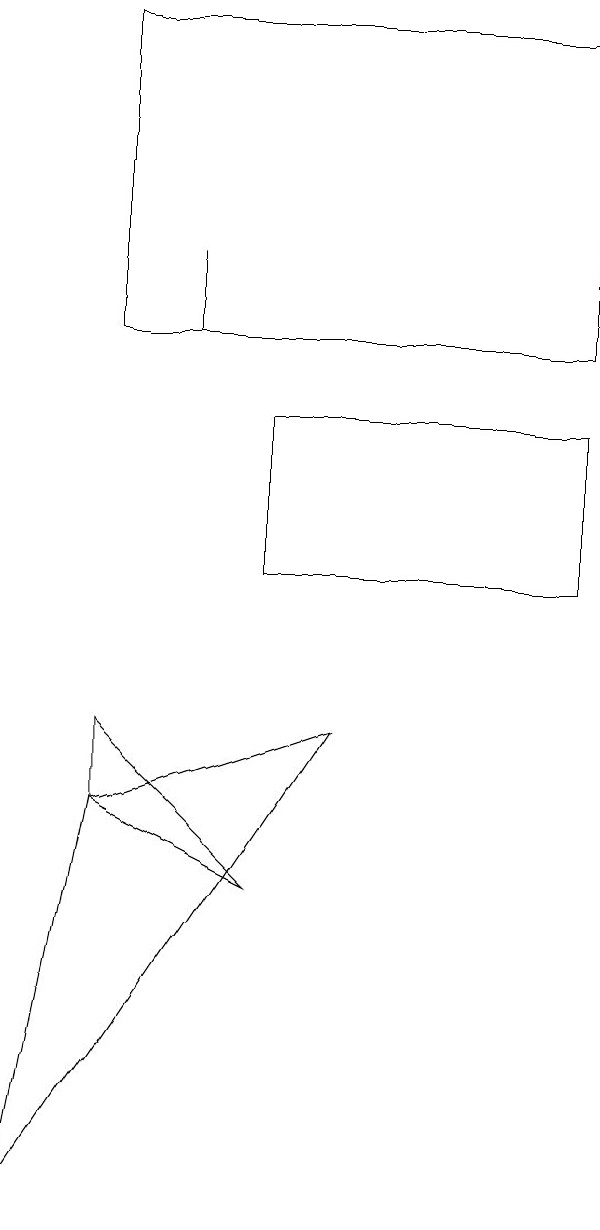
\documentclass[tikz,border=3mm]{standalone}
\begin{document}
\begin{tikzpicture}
\draw (2,15) rectangle (2,14);
\draw (7,18) rectangle (1,14);
\draw (3,7) -- (1,8) -- (1,9) -- cycle;
\draw (4,9) -- (0,3) -- (1,8) -- cycle;
\draw (7,13) rectangle (3,11);
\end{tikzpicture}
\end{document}